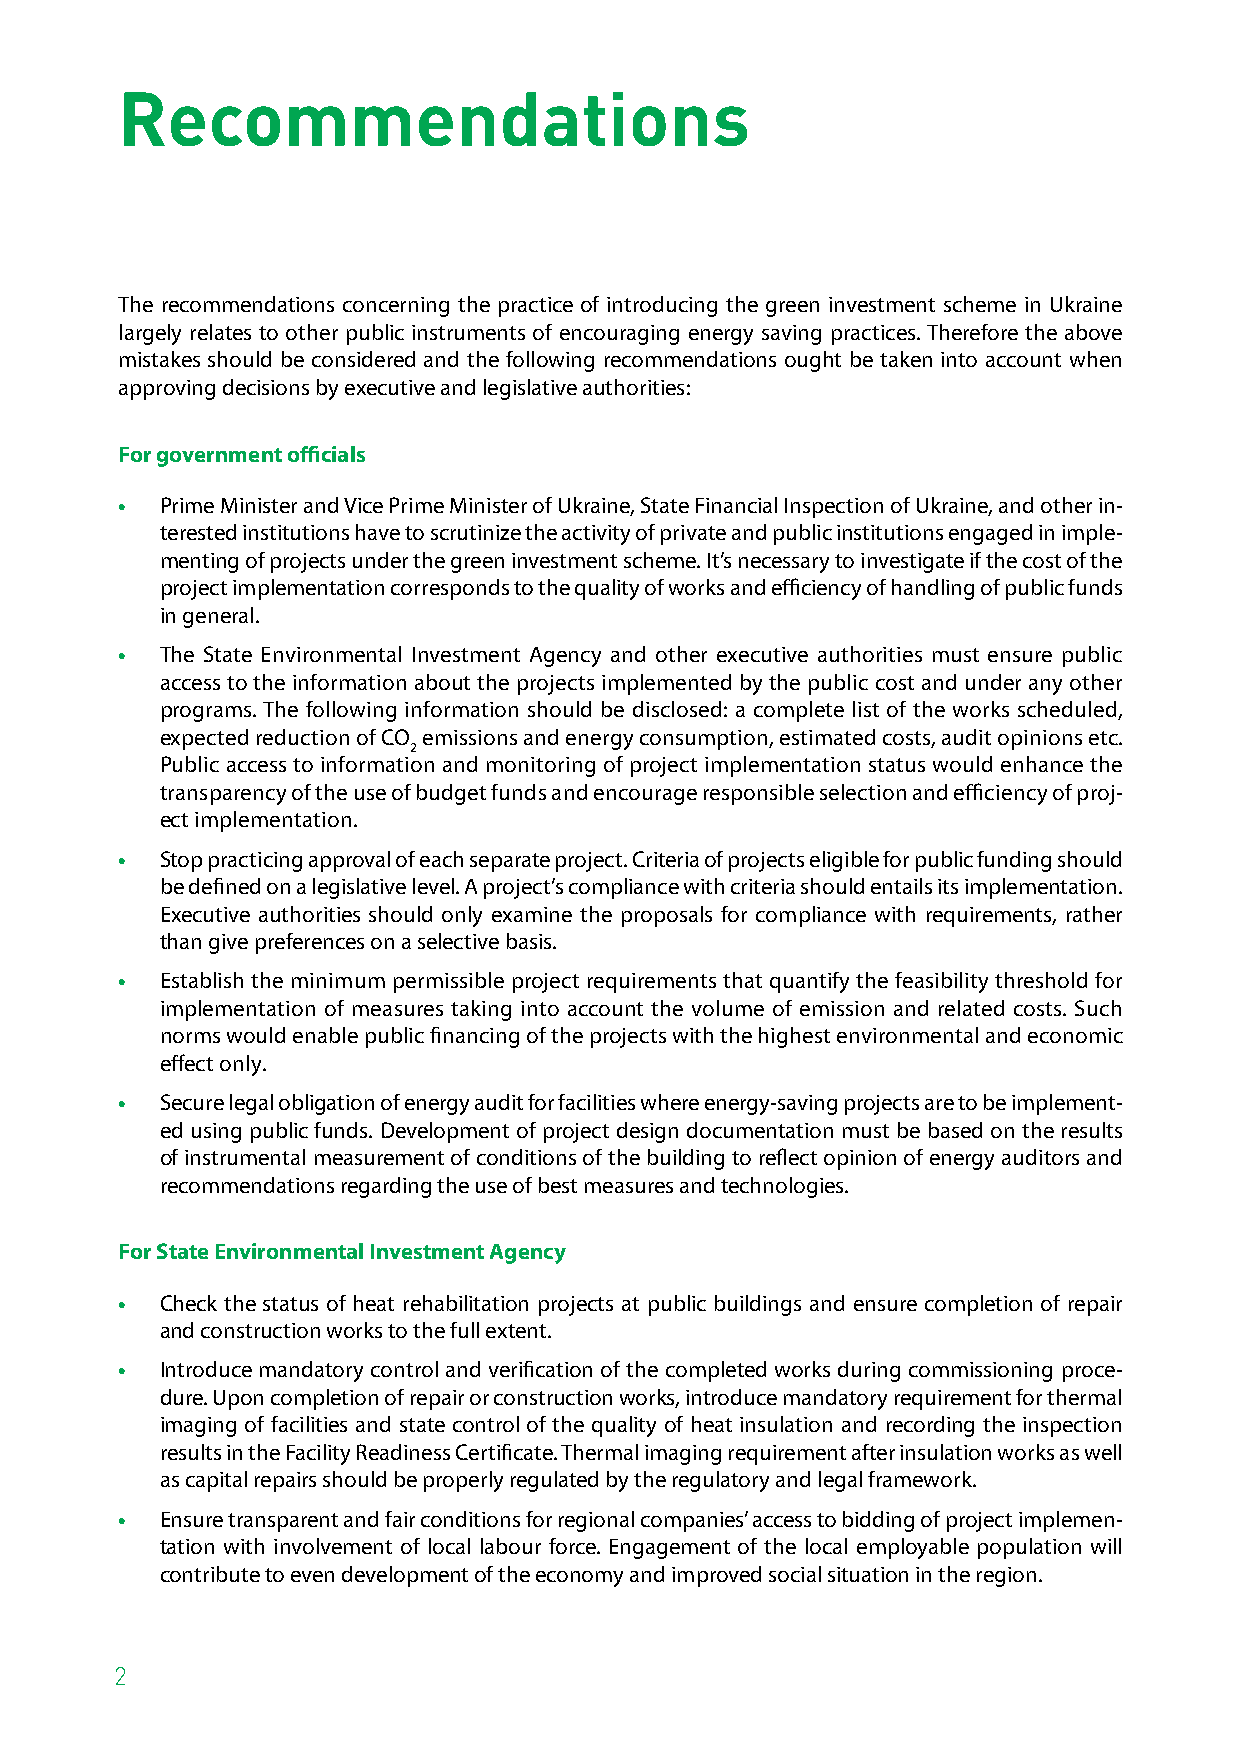
Recommendations
 The recommendations concerning the practice of introducing the green investment scheme in Ukraine
 largely relates to other public instruments of encouraging energy saving practices. Therefore the above
 mistakes should be considered and the following recommendations ought be taken into account when
 approving decisions by executive and legislative authorities:
 For government officials
 •  Prime Minister and Vice Prime Minister of Ukraine, State Financial Inspection of Ukraine, and other in-
 terested institutions have to scrutinize the activity of private and public institutions engaged in imple-
 menting of projects under the green investment scheme. It’s necessary to investigate if the cost of the
 project implementation corresponds to the quality of works and efficiency of handling of public funds
 in general.
 •  The State Environmental Investment Agency and other executive authorities must ensure public
 access to the information about the projects implemented by the public cost and under any other
 programs. The following information should be disclosed: a complete list of the works scheduled,
 expected reduction of CO emissions and energy consumption, estimated costs, audit opinions etc.
 2
 Public access to information and monitoring of project implementation status would enhance the
 transparency of the use of budget funds and encourage responsible selection and efficiency of proj-
 ect implementation.
 •  Stop practicing approval of each separate project. Criteria of projects eligible for public funding should
 be defined on a legislative level. A project’s compliance with criteria should entails its implementation.
 Executive authorities should only examine the proposals for compliance with requirements, rather
 than give preferences on a selective basis.
 •  Establish the minimum permissible project requirements that quantify the feasibility threshold for
 implementation of measures taking into account the volume of emission and related costs. Such
 norms would enable public financing of the projects with the highest environmental and economic
 effect only.
 •  Secure legal obligation of energy audit for facilities where energy-saving projects are to be implement-
 ed using public funds. Development of project design documentation must be based on the results
 of instrumental measurement of conditions of the building to reflect opinion of energy auditors and
 recommendations regarding the use of best measures and technologies.
 For State Environmental Investment Agency
 •  Check the status of heat rehabilitation projects at public buildings and ensure completion of repair
 and construction works to the full extent.
 •  Introduce mandatory control and verification of the completed works during commissioning proce-
 dure. Upon completion of repair or construction works, introduce mandatory requirement for thermal
 imaging of facilities and state control of the quality of heat insulation and recording the inspection
 results in the Facility Readiness Certificate. Thermal imaging requirement after insulation works as well
 as capital repairs should be properly regulated by the regulatory and legal framework.
 •  Ensure transparent and fair conditions for regional companies’ access to bidding of project implemen-
 tation with involvement of local labour force. Engagement of the local employable population will
 contribute to even development of the economy and improved social situation in the region.
 2